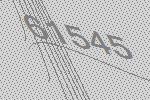
61545